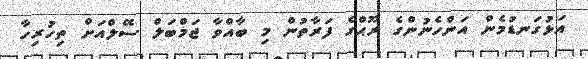
އަޅުގަނޑުމެން އަންހެނުންގެ ރޫޙްގެ ފަރާތުން މި ބާއްވާ ޖަމްބަލް ސޭލްއަށް ތިހުރިހާ